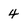
Character: 4